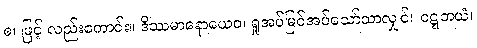
စ၊ ဖြင့် လည်းကောင်း။ ဒိဿမာနောယေဝ၊ ရှုအပ်မြင်အပ်သော်သာလျှင်။ ဝဋ္ဋဘယံ၊